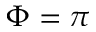
\Phi = \pi